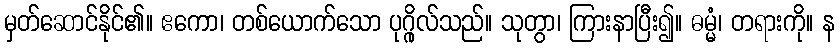
မှတ်ဆောင်နိုင်၏။ ဧကော၊ တစ်ယောက်သော ပုဂ္ဂိုလ်သည်။ သုတွာ၊ ကြားနာပြီး၍။ ဓမ္မံ၊ တရားကို။ န